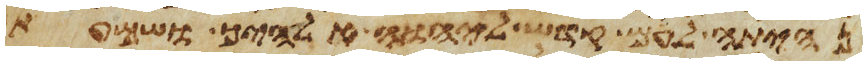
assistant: נהית לעם קדש ליהוה אלהיך ושמעת